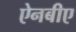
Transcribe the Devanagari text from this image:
ऐनबीए